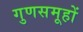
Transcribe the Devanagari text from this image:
गुणसमूहों